Medical and sanitary report of the native army of Bengal for the year
Year: 1875
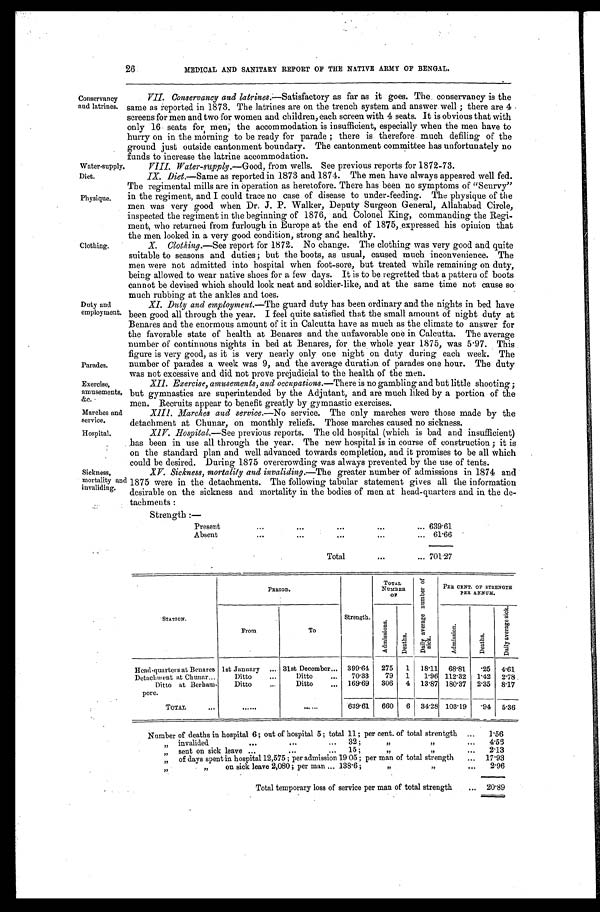
Water-supply.
Diet.
Parades.
Exercise,
amusements,
&c.
Marches and
service.
Hospital.
26
MEDICAL AND SANITARY REPORT OF THE NATIVE ARMY OF BENGAL.
Conservancy
and latrines.
VII. Conservancy and latrines .—Satisfactory as far as it goes. The conservancy is the
same as reported in 1873. The latrines are on the trench system and answer well ; there are 4
screens for men and two for women and children, each screen with 4 seats. It is obvious that with
only 16 seats for men, the accommodation is insufficient, especially when the men have to
hurry on in the morning to be ready for parade ; there is therefore much defiling of the
ground just outside cantonment boundary. The cantonment committee has unfortunately no
funds to increase the latrine accommodation.
VIII. Water-supply.— Good, from wells. See previous reports for 1872-73.
IX. Diet .—Same as reported in 1873 and 1874. The men have always appeared well fed.
Physique.
Clothing.
Duty and
employment.
The regimental mills are in operation as heretofore. There has been no symptoms of "Scurvy"
i n t he r e gi me nt , a nd I c oul d t r a c e no c a s e of di s e a s e t o unde r - f e e di ng. The phys i que of t he
men was very good when Dr, J . P. Walker, Deputy Surgeon General, Allahabad Circle,
inspected the regiment in the beginning of 1876, and Colonel King, commanding the Regi
-ment, who returned from furlough in Europe at the end of 1875, expressed his opinion that
the men looked in a very good condition, strong and healthy.
X. Clothing.— See report for 1872. No change. The clothing was very good and quite
suitable to seasons and duties; but the boots, as usual, caused much inconvenience. The
men were not admitted into hospital when foot-sore, but treated while remaining on duty,
being allowed to wear native shoes for a few days. It is to be regretted that a pattern of boots
cannot be devised which should look neat and soldier-like, and at the same time not cause so
much rubbing at the ankles and toes.
XI. Duty and employment.— The guard duty has been ordinary and the nights in bed have
been good all through the year. I feel quite satisfied that the small amount of night duty at
Benares and the enormous amount of it in Calcutta have as much as the climate to answer for
the favorable state of health at Benares and the unfavorable one in Calcutta. The average
number of continuous nights in bed at Benares, for the whole year 1875, was 5.97. This
figure is very good, as it is very nearly only one night on duty during each week. The
number of parades a week was 9, and the average duration of parades one hour. The duty
was not excessive and did not prove prejudicial to the health of the men.
XII. Exercise, amusements, and occupations.— There is no gambling and but little shooting ;
but gymnastics are superintended by the Adjutant, and are much liked by a portion of the
men. Recruits appear to benefit greatly by gymnastic exercises.
XIII. Marches and service.— No service. The only marches were those made by the
detachment at Chunar, on monthly reliefs. Those marches caused no sickness.
XIV. Hospital. —S e e p r e v i o u s r e p o r t s . T h e o l d h o s p i t a l ( w h i c h i s b a d a n d i n s u f f i c i e n t )
has been in use all through the year. The new hospital is in course of construction ; it is
on the standard plan and well advanced towards completion, and it promises to be all which
could be desired. During 1875 overcrowding was always prevented by the use of tents.
Sickness,
mortality and
invaliding.
XV. Sickness, mortality and invaliding.— The greater number of admissions in 1874 and
1875 were in the detachments. The following tabular statement gives all the information
desirable on the sickness and mortality in the bodies of men at head-quarters and in the de-
tachments :
Strength—
Present
.
.
. 639.61
Absent
.
.
. 61.66
Total . . . 701.27
STATION.
PERIOD.
Strength.
TOTAL
NUMBER
O F
D a i l y a v e r a g e n u m b e r o f s i c k .
PER CENT OF STRENGTH
PER ANNUM.
A d m i s s i o n s .
D e a t h s .
From
To
A d m i s s i o n .
D e a t h s .
D a i l y a v e r a g e s i c k .
Head-quarters at Benares 1st January . . . 31st December . . . 399.64
275
1
18.11 68.81
.25
4.61
Detachment at Chunar . . .
Ditto . . .
Ditto . . .
70.33
79
1
1.96 112.32
1.42
2.78
Ditto at Berham-
pore.
Ditto . . .
Ditto . . . 169.69
306
4 13.87 180.37 2.35 8.17
TOTAL . . .
. . .
. . .
639.61
660
6 34.28 103.19
.94
5.36
Number of deaths in hospital 6 ; out of hospital 5; total 11; per cent of total strentgth . . .
1.56
" i n v a l i d e d . . . 3 2 ; " " . . .
4.56
" s e n t o n s i c k l e a v e . . . 1 5 ; " " . . .
2.13
" of days spent in hospital 12,575; per admission 19.05 ; per man of total strength . . .
17.93
" " on sick leave 2,080; per man . . . 138.6; " " . . .
2.96
Total temporary loss of service per man of total strength . . .
20.89